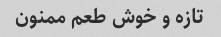
تازه و خوش طعم ممنون